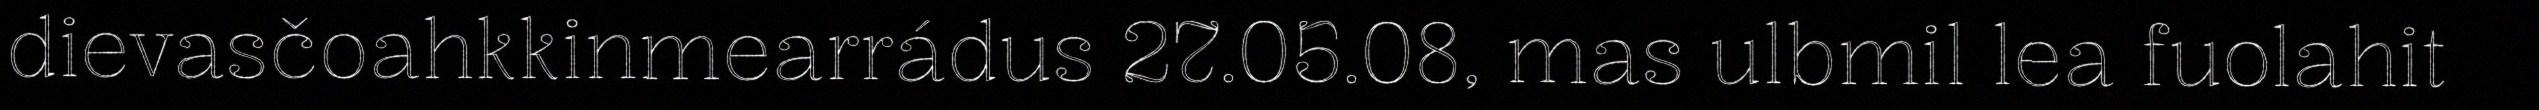
dievasčoahkkinmearrádus 27.05.08, mas ulbmil lea fuolahit